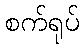
စက်ရုပ်